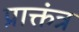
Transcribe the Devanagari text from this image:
प्राक्तंत्र